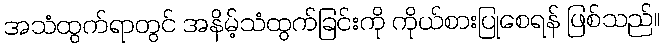
အသံထွက်ရာတွင် အနိမ့်သံထွက်ခြင်းကို ကိုယ်စားပြုစေရန် ဖြစ်သည်။